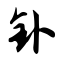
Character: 钋